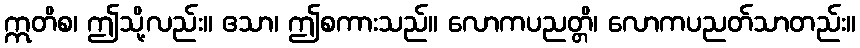
ဣတိစ၊ ဤသို့လည်း။ ဧသာ၊ ဤစကားသည်။ လောကပညတ္တိ၊ လောကပညတ်သာတည်း။